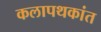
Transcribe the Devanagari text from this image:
कलापथकांत